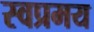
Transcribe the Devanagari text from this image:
स्वप्रमय